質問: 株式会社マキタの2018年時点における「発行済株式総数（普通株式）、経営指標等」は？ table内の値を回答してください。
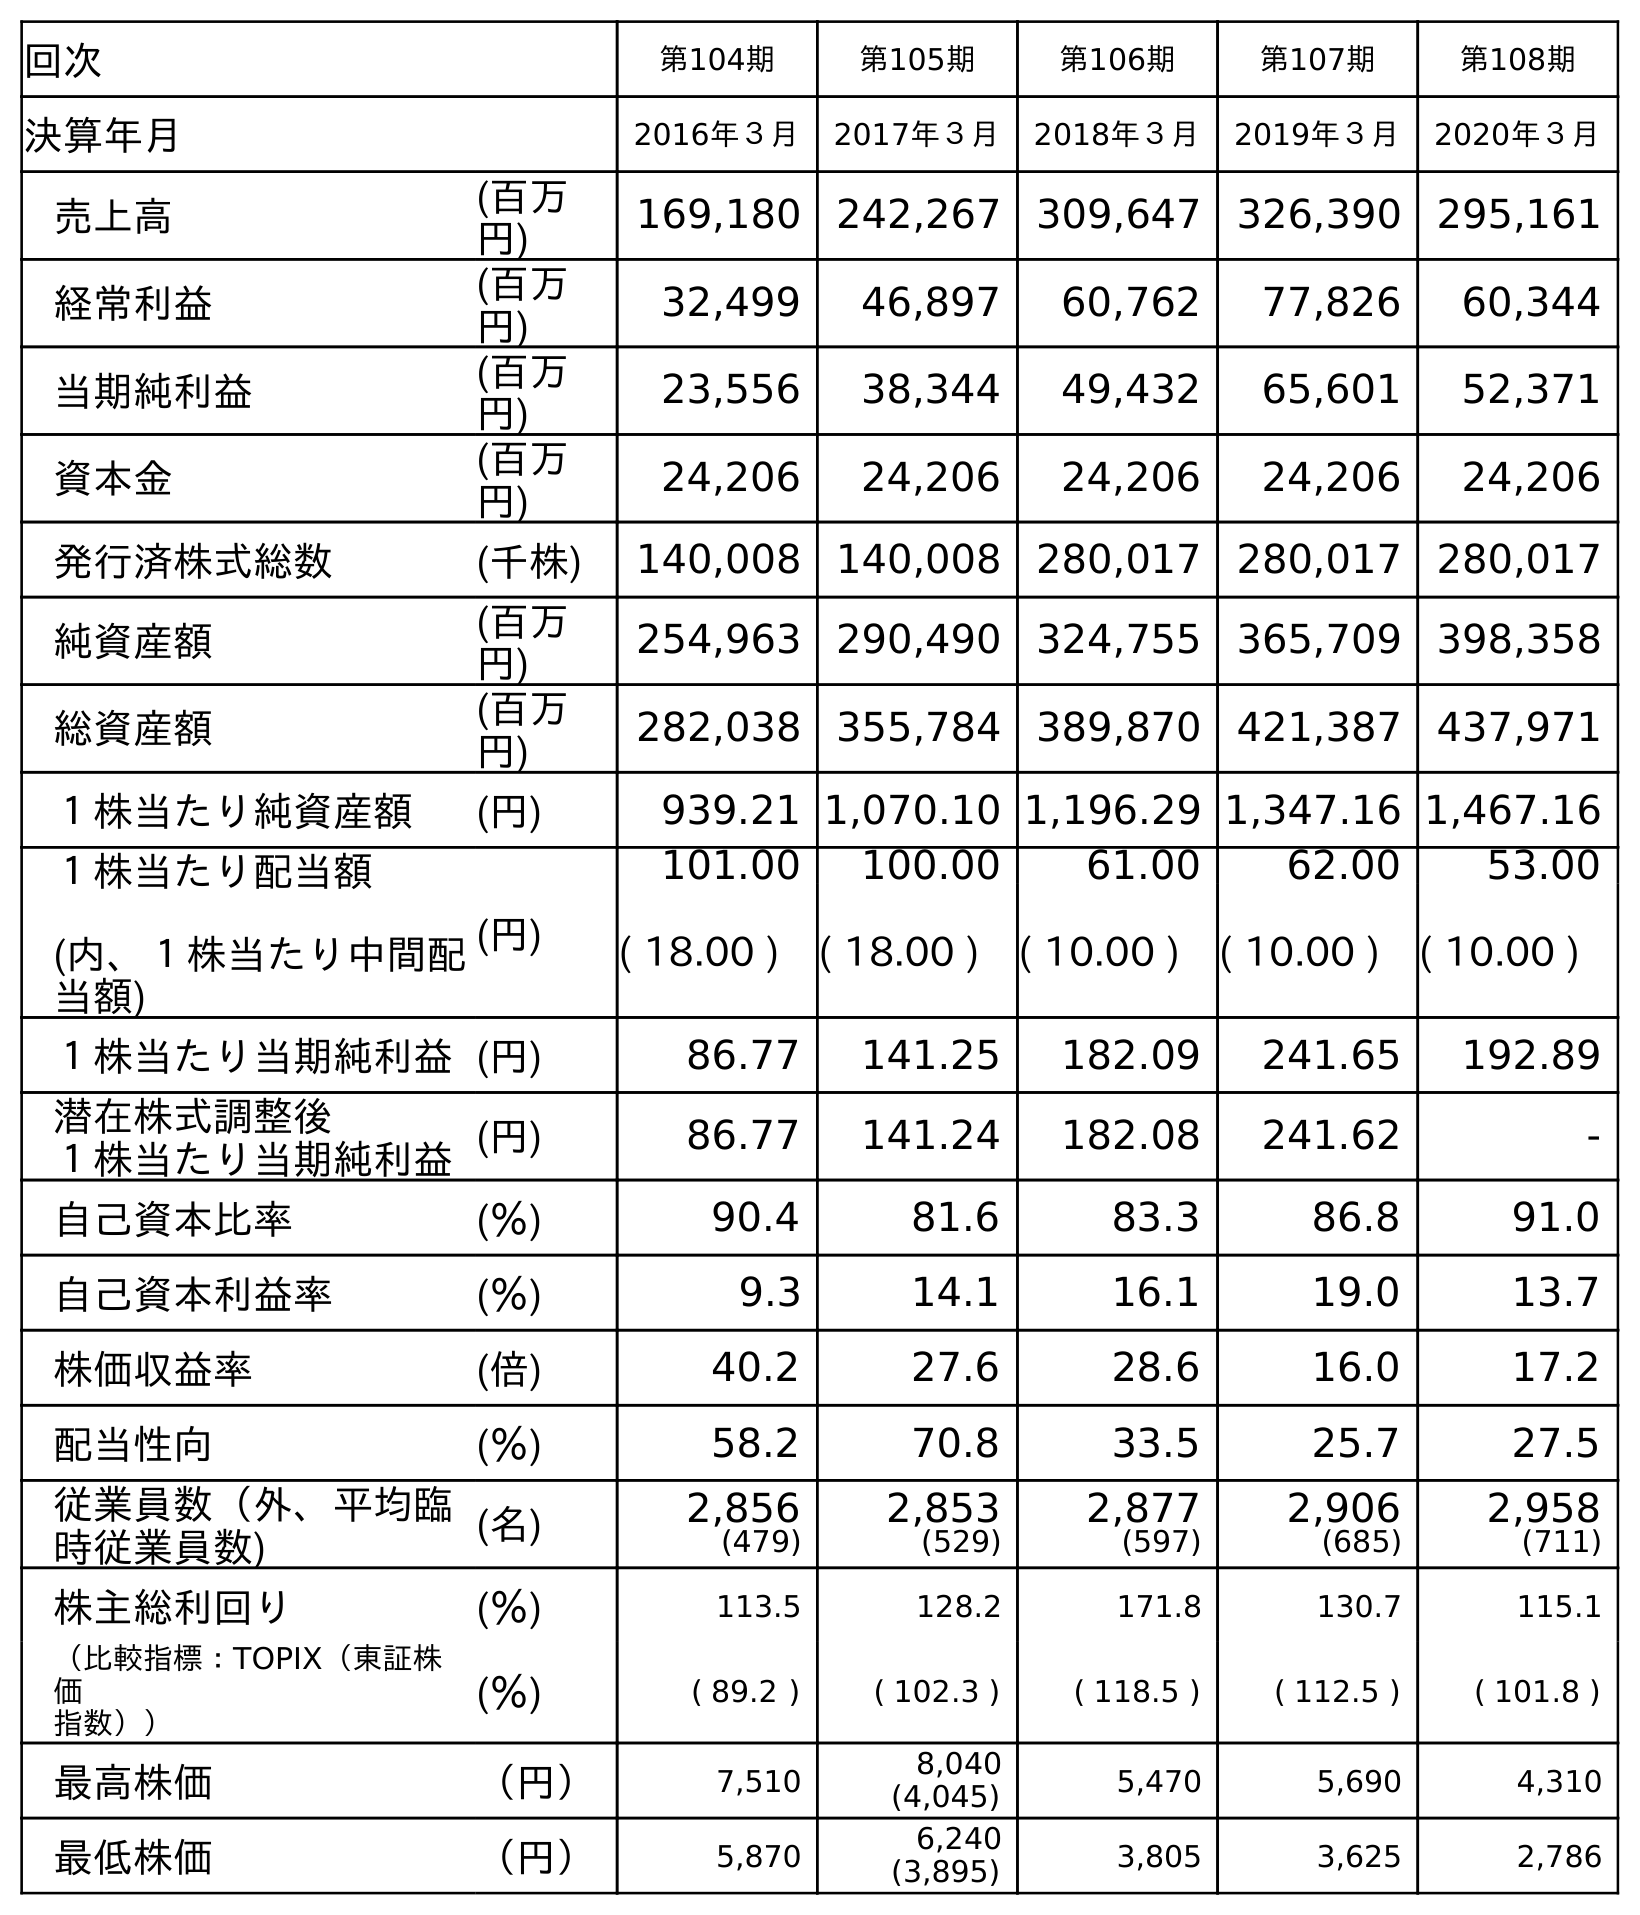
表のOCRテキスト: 回次 第104期 第105期 第106期 第107期 第108期 決算年月 2016年３月 2017年３月 2018年３月 2019年３月 2020年３月 売上高 (百万 円) 169,180 242,267 309,647 326,390 295,161 経常利益 (百万 円) 32,499 46,897 60,762 77,826 60,344 当期純利益 (百万 円) 23,556 38,344 49,432 65,601 52,371 資本金 (百万 円) 24,206 24,206 24,206 24,206 24,206 発行済株式総数 (千株) 140,008 140,008 280,017 280,017 280,017 純資産額 (百万 円) 254,963 290,490 324,755 365,709 398,358 総資産額 (百万 円) 282,038 355,784 389,870 421,387 437,971 １株当たり純資産額 (円) 939.21 1,070.10 1,196.29 1,347.16 1,467.16 １株当たり配当額 (内、１株当たり中間配 当額) (円) 101.00 100.00 61.00 62.00 53.00 ( 18.00 ) ( 18.00 ) ( 10.00 ) ( 10.00 ) ( 10.00 ) １株当たり当期純利益(円) 86.77 141.25 182.09 241.65 192.89 潜在株式調整後 １株当たり当期純利益(円) 86.77 141.24 182.08 241.62 - 自己資本比率 (％) 90.4 81.6 83.3 86.8 91.0 自己資本利益率 (％) 9.3 14.1 16.1 19.0 13.7 株価収益率 (倍) 40.2 27.6 28.6 16.0 17.2 配当性向 (％) 58.2 70.8 33.5 25.7 27.5 従業員数（外、平均臨 時従業員数) (名) 2,856 (479) 2,853 (529) 2,877 (597) 2,906 (685) 2,958 (711) 株主総利回り (％) 113.5 128.2 171.8 130.7 115.1 （比較指標：TOPIX（東証株 価 指数）） (％) ( 89.2 ) ( 102.3 ) ( 118.5 ) ( 112.5 ) ( 101.8 ) 最高株価 （円） 7,510 8,040 (4,045) 5,470 5,690 4,310 最低株価 （円） 5,870 6,240 (3,895) 3,805 3,625 2,786
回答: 280,017